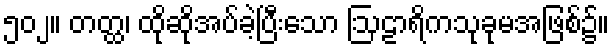
၅၀၂။ တတ္ထ၊ ထိုဆိုအပ်ခဲ့ပြီးသော ဩဠာရိကသုခုမအဖြစ်၌။